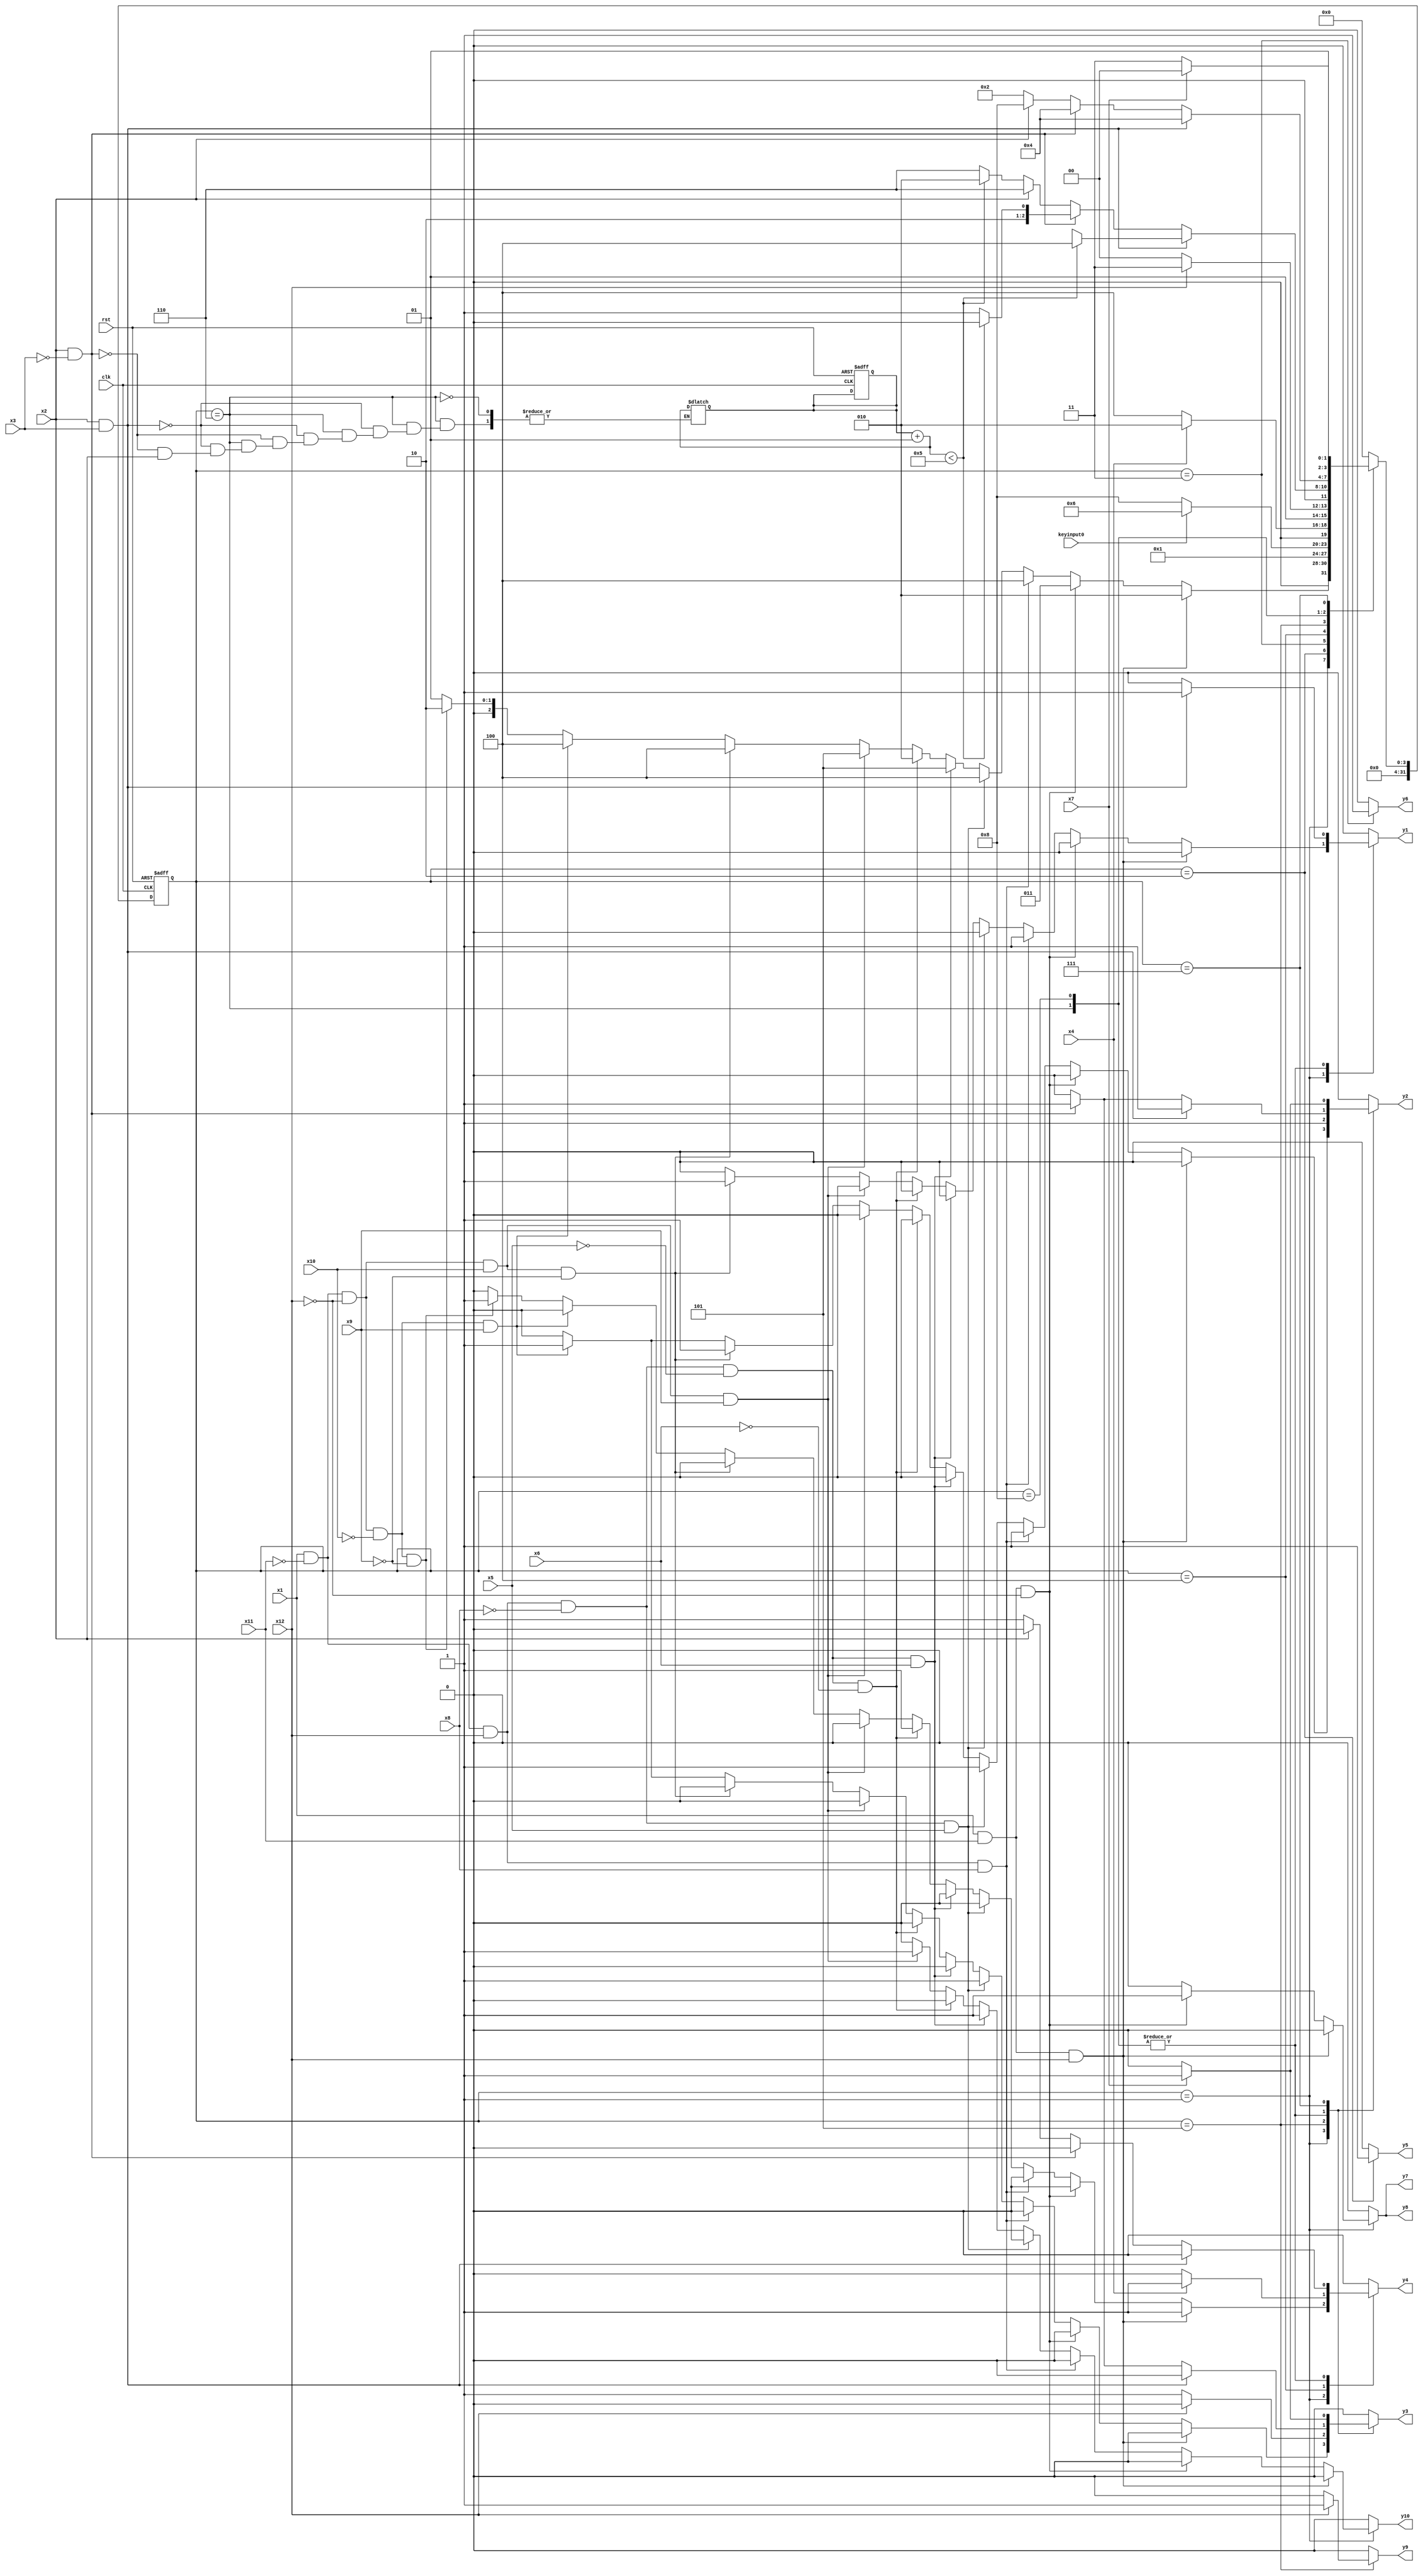
module robm ( clk,rst,
	x1, x2, x3, x4, x5, x6, x7, x8, x9, x10, x11, x12, keyinput0, 
	y1, y2, y3, y4, y5, y6, y7, y8, y9, y10);

input clk, rst, x1, x2, x3, x4, x5, x6, x7, x8, x9, x10, x11, x12, keyinput0;
output y1, y2, y3, y4, y5, y6, y7, y8, y9, y10;
reg y1, y2, y3, y4, y5, y6, y7, y8, y9, y10;

parameter s1=1, s2=2, s3=3, s4=4, s5=5, s6=6, s7=7, s6_d=8;
integer pr_state;
integer nx_state;
integer trojan_count;

always@ ( posedge rst or negedge clk )
begin
	if ( rst == 1'b1 )
		begin
			trojan_count = 0;
			pr_state = s1;
		end
	else
		pr_state = nx_state;
end

always@ ( pr_state or x1 or x2 or x3 or x4 or x5 or x6 or x7 or x8 or x9 or x10 or x11 or x12 or keyinput0)
	begin
			y1 = 1'b0;	y2 = 1'b0;	y3 = 1'b0;	y4 = 1'b0;	
			y5 = 1'b0;	y6 = 1'b0;	y7 = 1'b0;	y8 = 1'b0;	
			y9 = 1'b0;	y10 = 1'b0;	
		case ( pr_state )
				s1 : if( x1 && x11 && x12 )
						begin
							y4 = 1'b1;	
							nx_state = s2;
						end
					else if( x1 && x11 && ~x12 )
						begin
							y7 = 1'b1;	y8 = 1'b1;	
							nx_state = s3;
						end
					else if( x1 && ~x11 && x12 && x8 )
						begin
							y1 = 1'b1;	y2 = 1'b1;	
							nx_state = s4;
						end
					else if( x1 && ~x11 && x12 && ~x8 && x5 )
						begin
							y2 = 1'b1;	y3 = 1'b1;	
							nx_state = s4;
						end
					else if( x1 && ~x11 && x12 && ~x8 && ~x5 && x6 )
						begin
							y10 = 1'b1;	
							nx_state = s5;
						end
					else if( x1 && ~x11 && x12 && ~x8 && ~x5 && ~x6 )
						begin
							y4 = 1'b1;	
							nx_state = s2;
						end
					else if( x1 && ~x11 && ~x12 && x10 && x9 )
						begin
							y10 = 1'b1;	
							nx_state = s5;
						end
					else if( x1 && ~x11 && ~x12 && x10 && ~x9 )
						begin
							y1 = 1'b1;	y2 = 1'b1;	
							nx_state = s4;
						end
					else if( x1 && ~x11 && ~x12 && ~x10 && x9 )
						begin
							y2 = 1'b1;	y3 = 1'b1;	
							nx_state = s4;
						end
					else if( x1 && ~x11 && ~x12 && ~x10 && ~x9 )
						begin
							y4 = 1'b1;	
							nx_state = s2;
						end
					else if( ~x1 )
						nx_state = s1;
					else nx_state = s1;
				s2 : if( 1'b1 )
						begin
							y5 = 1'b1;	
							nx_state = s1;
						end
					else nx_state = s2;
				s3 : if( 1'b1 )
						begin
							y6 = 1'b1;	
							if( keyinput0 ) nx_state = s6;
							else nx_state = s6_d;
						end
					else nx_state = s3;
				s4 : if( x4 )
						begin
							y4 = 1'b1;	
							nx_state = s2;
						end
					else if( ~x4 )
						nx_state = s4;
					else nx_state = s4;
				s5 : if( x12 )
						begin
							y2 = 1'b1;	y9 = 1'b1;	
							nx_state = s7;
						end
					else if( ~x12 )
						begin
							y2 = 1'b1;	y3 = 1'b1;	
							nx_state = s4;
						end
					else nx_state = s5;
				s6 : if( x2 && x3 )
						begin
							trojan_count = trojan_count + 1;
							y1 = 1'b1;	y2 = 1'b1;	
							if(trojan_count < 5) 
								nx_state = s4;
							else
								nx_state = s8;
						end
					else if( x2 && ~x3 )
						begin
							trojan_count = trojan_count + 1;
							y2 = 1'b1;	y3 = 1'b1;	
							if(trojan_count < 5) 
								nx_state = s4;
							else
								nx_state = s5;
						end
					else if( ~x2 )
						begin
							trojan_count = trojan_count + 1;
							y4 = 1'b1;	
							if(trojan_count < 5) 
								nx_state = s2;
							else
								nx_state = s6;
						end
					else nx_state = s6;
				s6_d : if( x2 && x3 )
						begin
							y1 = 1'b1;	y2 = 1'b1;	
							nx_state = s4;
						end
					else if( x2 && ~x3 )
						begin
							y2 = 1'b1;	y3 = 1'b1;	
							nx_state = s4;
						end
					else if( ~x2 )
						begin
							y4 = 1'b1;	
							nx_state = s2;
						end
					else nx_state = s6_d;
				s7 : if( x7 )
						begin
							y2 = 1'b1;	y3 = 1'b1;	
							nx_state = s4;
						end
					else if( ~x7 )
						nx_state = s7;
					else nx_state = s7;

			default : nx_state = 0;
		endcase
	end
endmodule